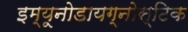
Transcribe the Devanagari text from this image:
इम्यूनोडायग्नोस्टिक